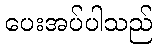
ပေးအပ်ပါသည်